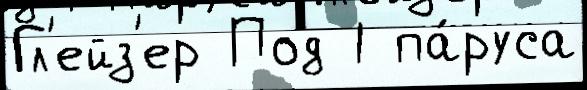
Гл'ейз'ер Под 1 па́руса